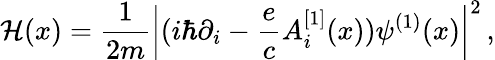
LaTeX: {\cal H}(x)={\frac{1}{2m}}\left|(i\hbar\partial_{i}-{\frac{e}{c}}A_{i}^{[1]}(x))\psi^{(1)}(x)\right|^{2}\, ,